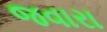
જવારા